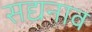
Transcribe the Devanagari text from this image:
सद्यनाव